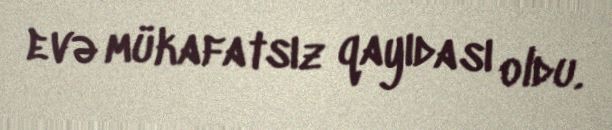
evə mükafatsız qayıdası oldu.